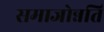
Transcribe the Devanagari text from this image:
समाजोन्नति